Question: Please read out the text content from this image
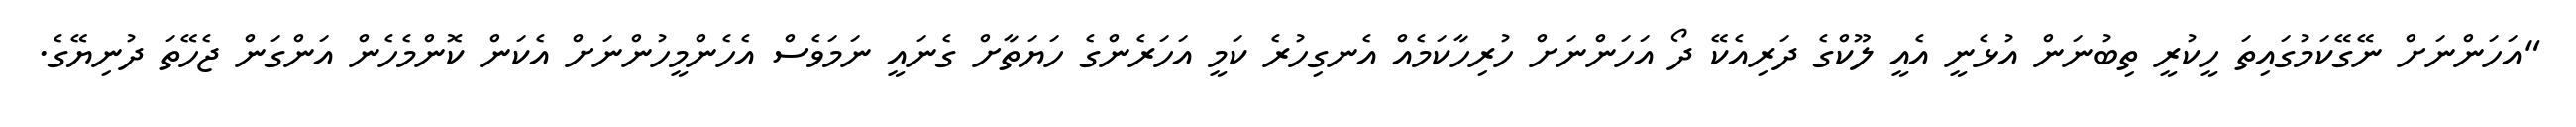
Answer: "އަހަންނަށް ނޭގޭކަމުގައިތަ ހީކުރީ ތިބުނަން އުޅެނީ އެއީ ލޫކްގެ ދަރިއެކޭ ދޯ އަހަންނަށް ހުރިހާކަމެއް އެނގިހުރެ ކަމީ އަހަރެންގެ ހަޔަތާށް ގެނައީ ނަމަވެސް އެހެންމީހުންނަށް އެކަން ކޮންމެހެން އަންގަން ޖެހޭތަ ދުނިޔޭގެ.